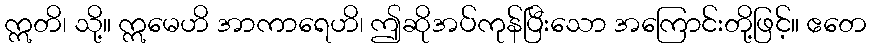
ဣတိ၊ သို့။ ဣမေဟိ အာကာရေဟိ၊ ဤဆိုအပ်ကုန်ပြီးသော အကြောင်းတို့ဖြင့်။ ဧတေ